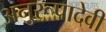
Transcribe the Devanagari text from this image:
अनुरूपादेवी